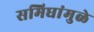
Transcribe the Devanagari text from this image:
समिधांमुळे